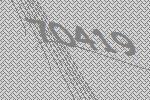
70419